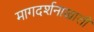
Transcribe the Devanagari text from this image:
मागदर्शनाखाली